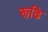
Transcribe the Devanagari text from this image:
रूढि़